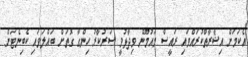
އެކަމަށް އިޝާރާތްކުރައްވައި ރައީސް މައުމޫން ވިދާޅުވީ ސަރުކާރު ހިންގާ ގޮތަށް ބައްލަވައި ކެބިނެޓަށް